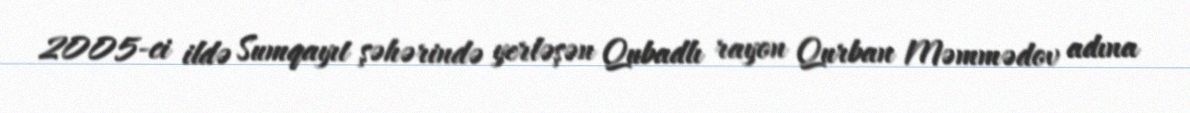
2005-ci ildə Sumqayıt şəhərində yerləşən Qubadlı rayon Qurban Məmmədov adına